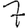
Digit: 7